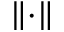
\left\| \cdot \right\|